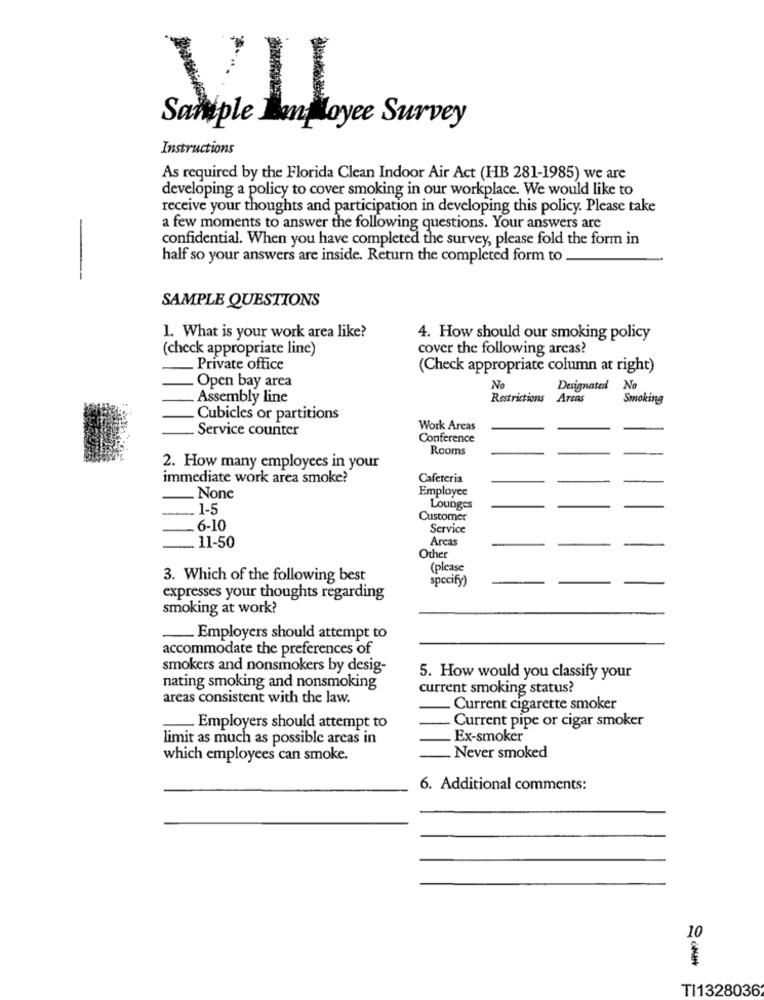
VII
Samiple Bani loyee Survey
Instructions
As required by the Florida Clean Indoor Air Act (HB 281-1985) we are
developing a policy to cover smoking in our workplace. We would like to
receive your thoughts and participation in developing this policy. Please take
a few moments to answer the following questions. Your answers are
confidential. When you have completed the survey, please fold the form in
half so your answers are inside. Return the completed form to
SAMPLE QUESTIONS
1. What is your work area like?
4. How should our smoking policy
(check appropriate line)
cover the following areas?
_ Private office
(Check appropriate column at right)
Open bay area
No
Designated No
.Assembly line
Restrictions Areas
Smoking
Cubicles or partitions
Service counter
Work Areas
Conference
Rooms
2. How many employees in your
immediate work area smoke?
Cafeteria
Employee
.None
1-5
Lounges
Customer
6-10
Service
Arcas
_ 11-50
Other
(please
3. Which of the following best
specify)
expresses your thoughts regarding
smoking at work?
___ Employers should attempt to
accommodate the preferences of
smokers and nonsmokers by desig-
5. How would you classify your
nating smoking and nonsmoking
current smoking status?
areas consistent with the law.
Current cigarette smoker
Current pipe or cigar smoker
Employers should attempt to
limit as much as possible areas in
Ex-smoker
which employees can smoke.
Never smoked
6. Additional comments:
10
TI1328036